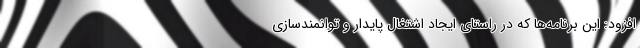
افزود: این برنامه‌ها که در راستای ایجاد اشتغال پایدار و توانمندسازی